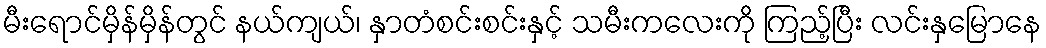
မီးရောင်မှိန်မှိန်တွင် နယ်ကျယ်၊ နှာတံစင်းစင်းနှင့် သမီးကလေးကို ကြည့်ပြီး လင်းနှမြောနေ